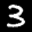
Label: 3